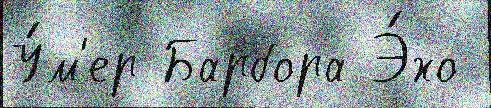
У́м'ер Барбора Э́хо